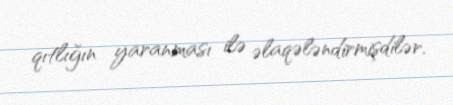
qıtlığın yaranması ilə əlaqələndirmişdilər.